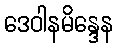
ဒေဝါနမိန္ဒေန